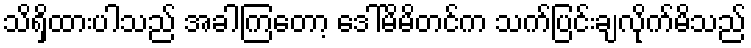
သိရှိထားပါသည် အခါကြတော့ ဒေါ်မိမိတင်က သက်ပြင်းချလိုက်မိသည်